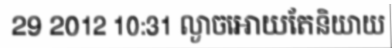
29 2012 10:31 ល្ងាចអោយតែនិយាយ